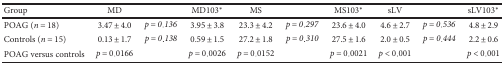
<table><thead><tr><td><b>Group</b></td><td><b>MD</b></td><td></td><td><b>MD103<sup>∗</sup></b></td><td><b>MS</b></td><td></td><td><b>MS103<sup>∗</sup></b></td><td><b>sLV</b></td><td></td><td><b>sLV103<sup>∗</sup></b></td></tr></thead><tbody><tr><td>POAG (<i>n</i> = 18)</td><td>3.47 ± 4.0</td><td><i>p</i> = 0.136</td><td>3.95 ± 3.8</td><td>23.3 ± 4.2</td><td><i>p</i> = 0.297</td><td>23.6 ± 4.0</td><td>4.6 ± 2.7</td><td><i>p</i> = 0.536</td><td>4.8 ± 2.9</td></tr><tr><td>Controls (<i>n</i> = 15)</td><td>0.13 ± 1.7</td><td><i>p</i> = 0.138</td><td>0.59 ± 1.5</td><td>27.2 ± 1.8</td><td><i>p</i> = 0.310</td><td>27.5 ± 1.6</td><td>2.0 ± 0.5</td><td><i>p</i> = 0.444</td><td>2.2 ± 0.6</td></tr><tr><td>POAG versus controls</td><td><i>p</i> = 0.0166</td><td></td><td><i>p</i> = 0.0026</td><td><i>p</i> = 0.0152</td><td></td><td><i>p</i> = 0.0021</td><td><i>p</i> &lt; 0.001</td><td></td><td><i>p</i> &lt; 0.001</td></tr></tbody></table>